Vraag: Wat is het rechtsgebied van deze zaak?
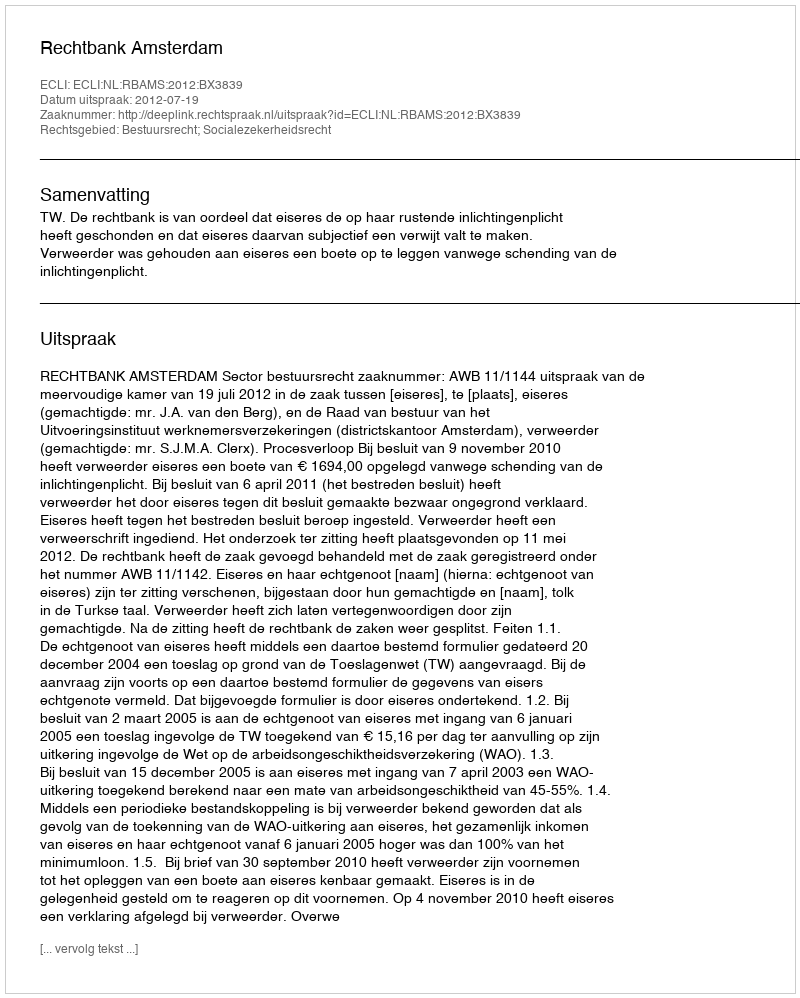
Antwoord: Bestuursrecht; Socialezekerheidsrecht